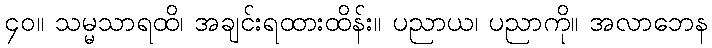
၄၀။ သမ္မသာရထိ၊ အချင်းရထားထိန်း။ ပညာယ၊ ပညာကို။ အလာဘေန